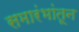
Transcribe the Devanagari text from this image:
समारंभांतून